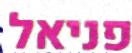
פניאל